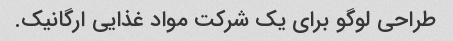
طراحی لوگو برای یک شرکت مواد غذایی ارگانیک.